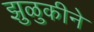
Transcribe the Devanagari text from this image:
झुळुकीने